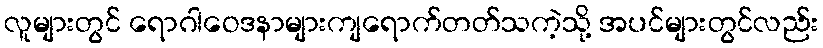
လူများတွင် ရောဂါဝေဒနာများကျရောက်တတ်သကဲ့သို့ အပင်များတွင်လည်း